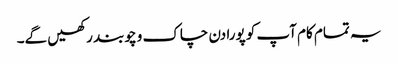
یہ تمام کام آپ کو پورا دن چاک و چوبند رکھیں گے۔